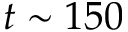
t \sim 1 5 0